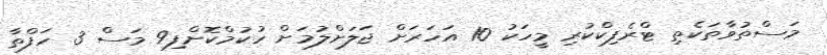
މަސްތުވާތަކެތި ޓްރެފިކްކުރި މީހަކު 10 އަހަރަށް ޖަލަށްލުމަށް ހުކުމްކޮށްފި9 މަސް 3 ހަފްތާ